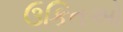
ઉકિતઓ